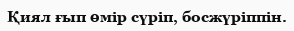
Қиял ғып өмір сүріп, босжүріппін.